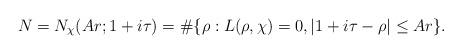
LaTeX: \begin{align*}N = N_{\chi}(Ar; 1+i\tau) = \#\{ \rho : L(\rho, \chi) = 0, |1+i\tau - \rho| \leq Ar\}.\end{align*}